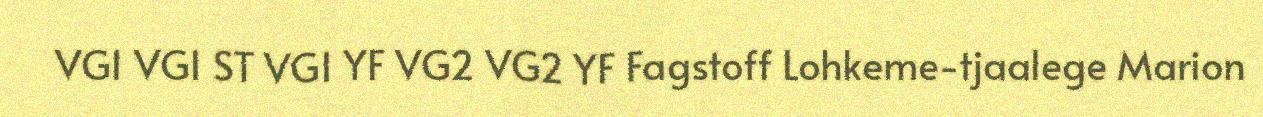
VG1 VG1 ST VG1 YF VG2 VG2 YF Fagstoff Lohkeme-tjaalege Marion